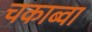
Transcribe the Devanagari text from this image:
चकाब्वा